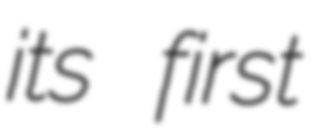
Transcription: its first